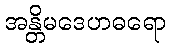
အန္တိမဒေဟဓရော